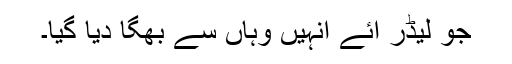
جو لیڈر آئے انہیں وہاں سے بھگا دیا گیا۔